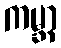
ကမ္ဘာ